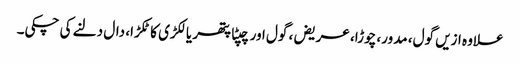
علاوہ ازیں گول، مدور، چوڑا، عریض، گول اور چپٹا پتھر یا لکڑی کا ٹکڑا، دال دلنے کی چکی۔